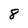
Character: 8